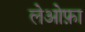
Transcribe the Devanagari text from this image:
लेओफ़ा